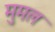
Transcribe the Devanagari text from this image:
मुमल